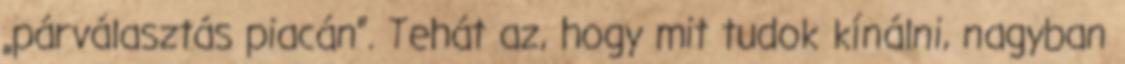
„párválasztás piacán”. Tehát az, hogy mit tudok kínálni, nagyban